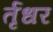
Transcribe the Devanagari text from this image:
र्तृधर